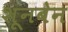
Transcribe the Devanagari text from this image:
शूनबेन